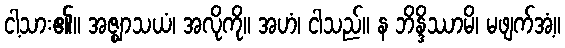
ငါ့သား၏။ အဇ္ဈာသယံ၊ အလိုကို။ အဟံ၊ ငါသည်။ န ဘိန္ဒိဿာမိ၊ မဖျက်အံ့။